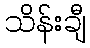
သိန်းချီ